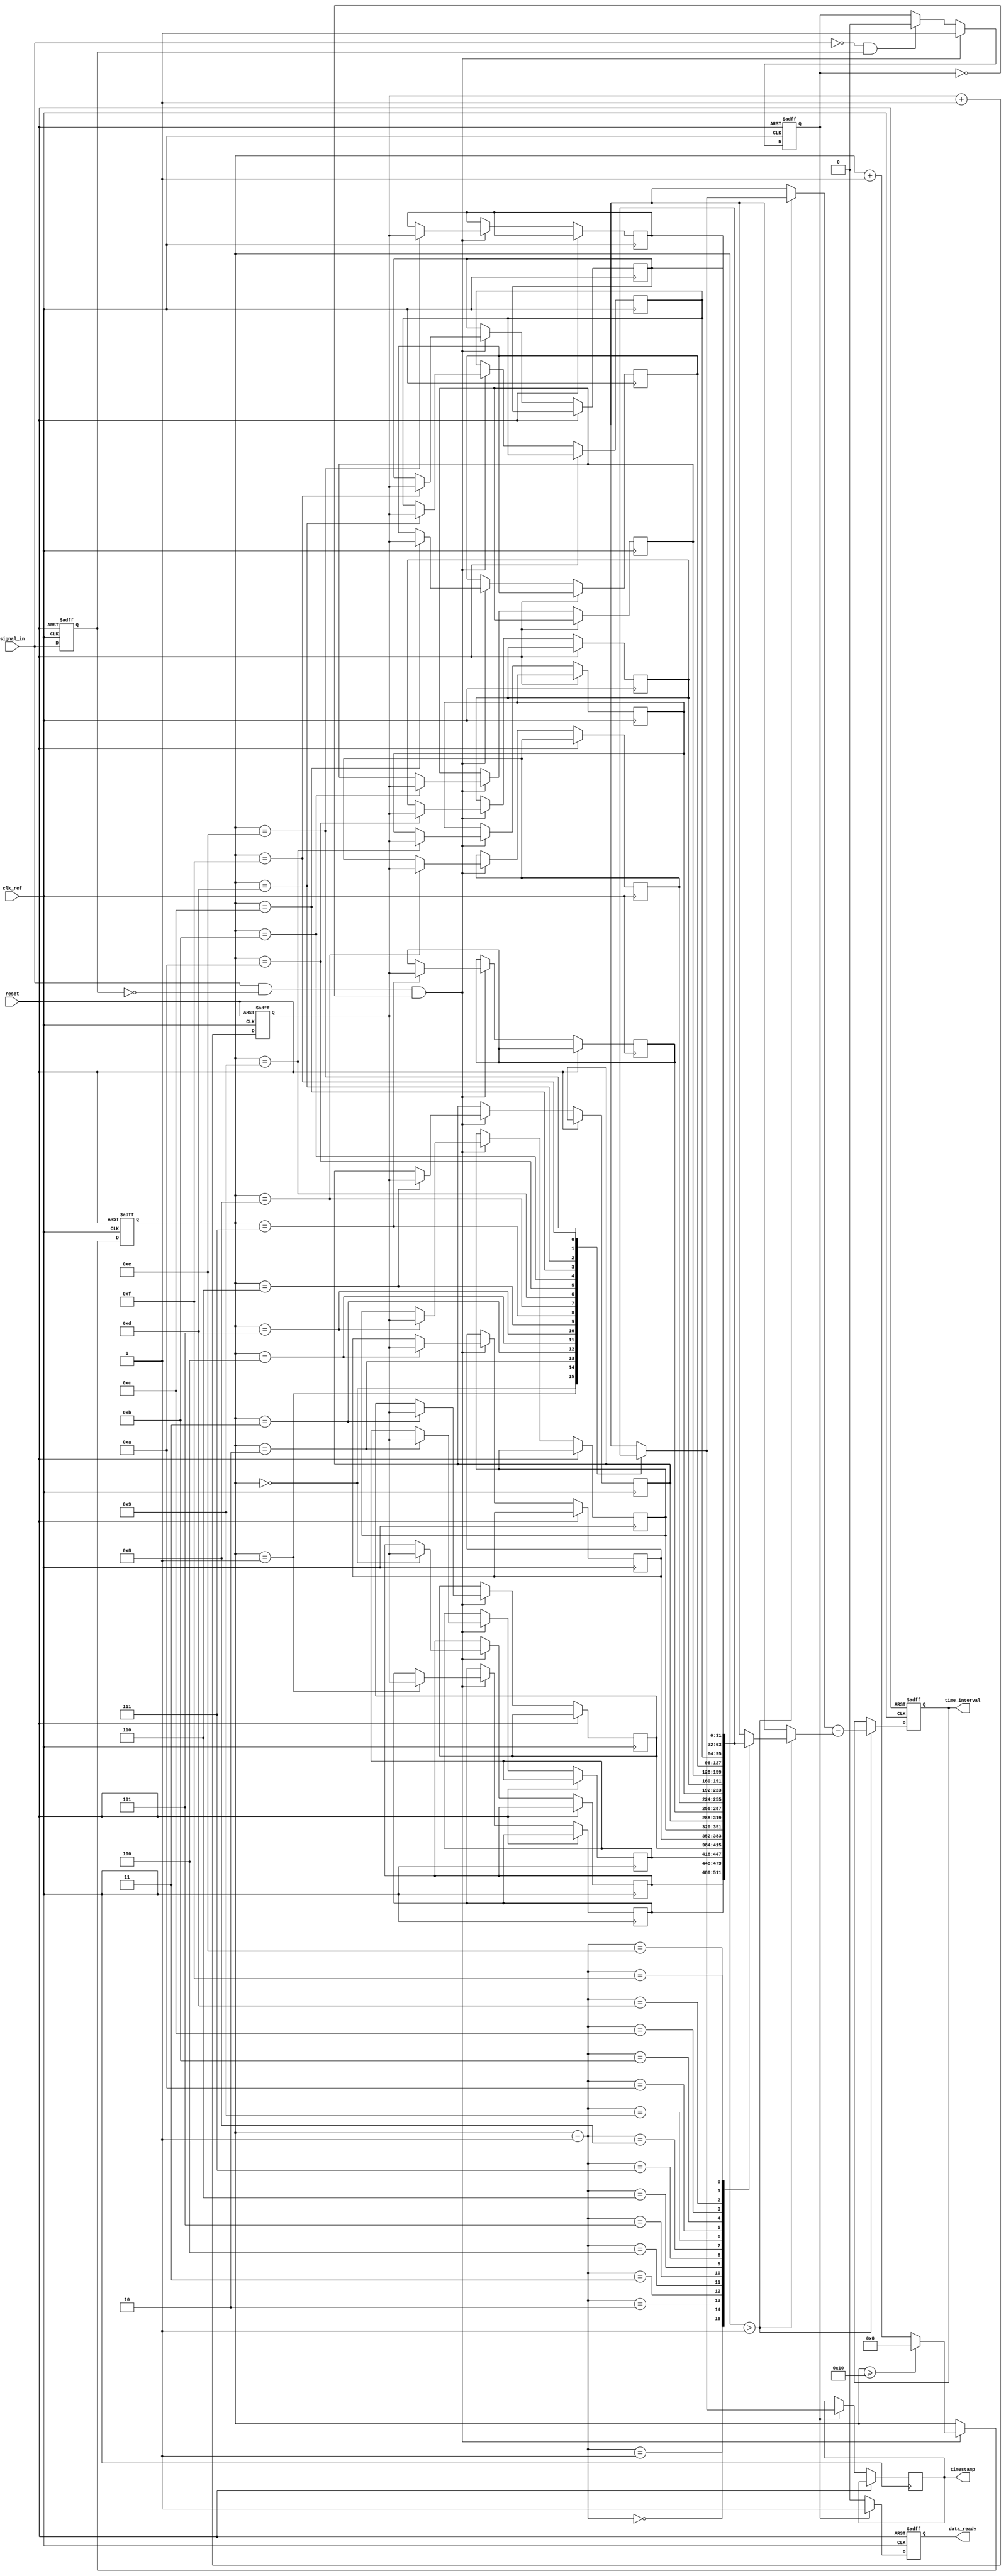
module multi_domain_tdc (
    input wire clk_ref,               // Reference clock
    input wire reset,                 // Reset signal
    input wire signal_in,             // Input signal to be measured
    output reg [31:0] time_interval,   // Output time interval
    output reg data_ready,            // Data ready signal
    output reg [31:0] timestamp       // Output timestamp
);

    // Parameters
    parameter NUM_EVENTS = 16;        // Number of events to store
    parameter CLOCK_DIVIDER = 8;      // Clock division factor for different domains

    // Internal signals
    reg [31:0] time_counter;           // Time counter
    reg [31:0] event_timestamps [0:NUM_EVENTS-1]; // Event timestamps storage
    reg [3:0] event_index;             // Current event index
    reg signal_last;                   // Previous signal state
    reg capturing;                     // Flag for capturing events

    // Input Signal Conditioning
    always @(posedge clk_ref or posedge reset) begin
        if (reset) begin
            signal_last <= 1'b0;
        end else begin
            // Schmitt Trigger Logic for signal conditioning
            signal_last <= signal_in;
        end
    end

    // Time Measurement Engine
    always @(posedge clk_ref or posedge reset) begin
        if (reset) begin
            time_counter <= 32'b0;
            event_index <= 4'b0;
            capturing <= 1'b0;
            data_ready <= 1'b0;
        end else begin
            // Increment the time counter
            time_counter <= time_counter + 1;

            // Capture rising edge of the input signal
            if (signal_in && !signal_last && !capturing) begin
                capturing <= 1'b1;
                event_timestamps[event_index] <= time_counter;
                event_index <= event_index + 1;
                if (event_index >= NUM_EVENTS) begin
                    event_index <= 4'b0; // Wrap around
                end
            end else if (!signal_in && signal_last) begin
                capturing <= 1'b0;
            end

            // Set data ready flag when an event is captured
            if (capturing) begin
                data_ready <= 1'b1;
                timestamp <= event_timestamps[event_index];
            end else begin
                data_ready <= 1'b0;
            end
        end
    end

    // Time Interval Calculation (simple example)
    always @(posedge clk_ref or posedge reset) begin
        if (reset) begin
            time_interval <= 32'b0;
        end else if (event_index > 1) begin
            time_interval <= event_timestamps[event_index] - event_timestamps[event_index - 1];
        end
    end

endmodule